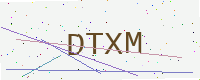
Text: DTXM